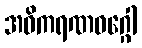
အဓိကရဏဝဂ္ဂေါ